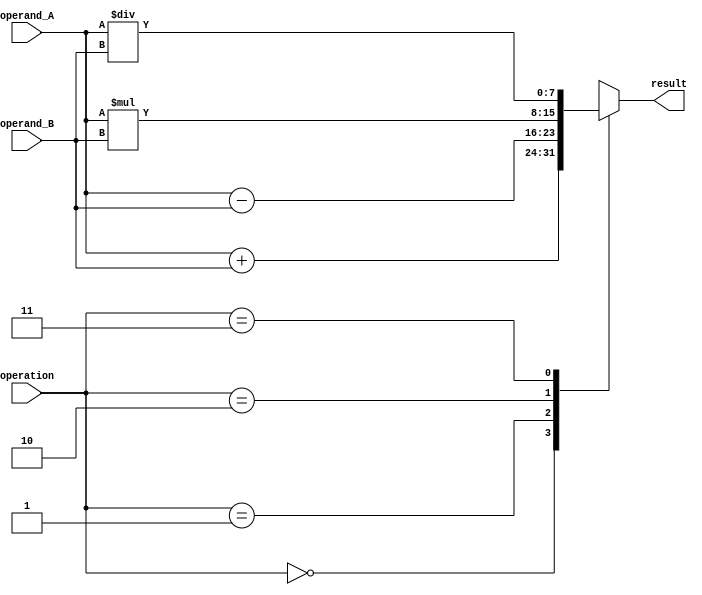
module Vector_ALU (
    input [7:0] operand_A,
    input [7:0] operand_B,
    input [1:0] operation,
    output reg [7:0] result
);

always @(*)
begin
    case(operation)
        2'b00: result = operand_A + operand_B; // Addition
        2'b01: result = operand_A - operand_B; // Subtraction
        2'b10: result = operand_A * operand_B; // Multiplication
        2'b11: result = operand_A / operand_B; // Division
    endcase
end

endmodule